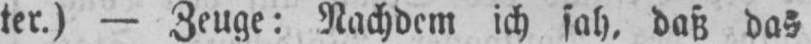
ter.) - Zeuge: Nachdem ich sah, daß das